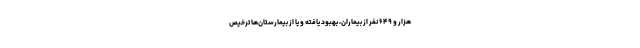
هزار و ۶۴۹ نفر از بیماران، بهبود یافته و یا از بیمارستان‌ها ترخیص